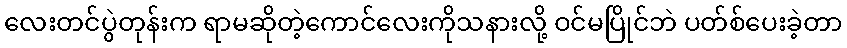
လေးတင်ပွဲတုန်းက ရာမဆိုတဲ့ကောင်လေးကိုသနားလို့ ဝင်မပြိုင်ဘဲ ပတ်စ်ပေးခဲ့တာ